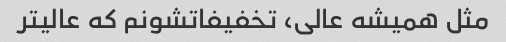
مثل همیشه عالی، تخفیفاتشونم که عالیتر